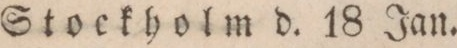
Stockholm d. 18 Jan.